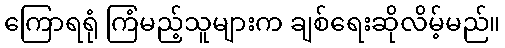
ကြောရရုံ ကြံမည့်သူများက ချစ်ရေးဆိုလိမ့်မည်။